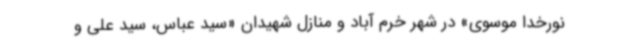
نورخدا موسوی» در شهر خرم آباد و منازل شهیدان «سید عباس، سید علی و